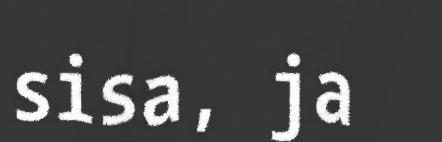
sisa, ja